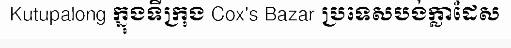
Kutupalong ក្នុងទីក្រុង Cox's Bazar ប្រទេសបង់ក្លាដែស